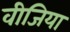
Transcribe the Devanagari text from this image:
वीजिया